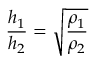
{ \frac { h _ { 1 } } { h _ { 2 } } } = \sqrt { \frac { \rho _ { 1 } } { \rho _ { 2 } } }